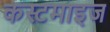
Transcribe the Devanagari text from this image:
कस्टमाइज